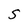
Character: S